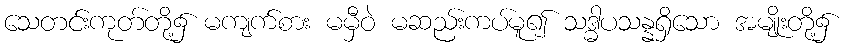
သေတင်းကုတ်တို့၌ မကျက်စား မမှီဝဲ မဆည်းကပ်မူ၍ သဒ္ဓါပသန္နရှိသော အမျိုးတို့၌